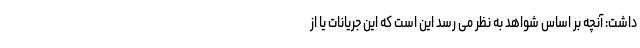
داشت: آنچه بر اساس شواهد به نظر می رسد این است که این جریانات یا از